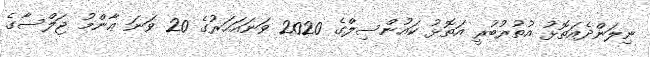
ނިލަންދެއަތޮޅު އުތުރުބުރީ އަތޮޅު ކައުންސިލްގެ 2020 ވަނައަހަރުގެ 20 ވަނަ ޢާންމު ޖަލްސާގެ